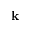
\mathbf { k }